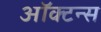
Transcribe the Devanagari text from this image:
ऑक्टन्स